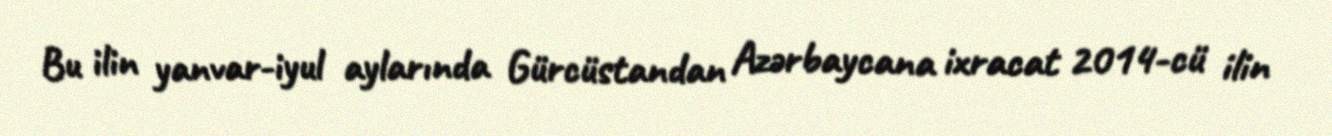
Bu ilin yanvar-iyul aylarında Gürcüstandan Azərbaycana ixracat 2014-cü ilin